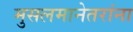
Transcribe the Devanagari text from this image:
मुसलमानेतरांना